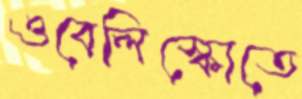
ওবেলিস্কোতে